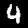
Digit: 4